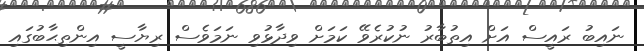
ނައިބު ރައީސް އަށް އިތުބާރު ނުކުރެވޭ ކަމަށް ވިދާޅުވި ނަމަވެސް ރިޔާސީ އިންތިޙާބުގައި